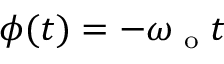
\boldsymbol { \phi } ( t ) = - \boldsymbol { \omega } _ { \textnormal { \scriptsize o } } t